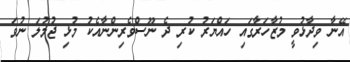
އޭނާ ވިދާޅުވީ މުޒާހަރާގައި ހައްޔަރު ކުރި ދެ ނޫސްވެރިންނާއެކު މުޅި ޖުމުލަ ނުވަ